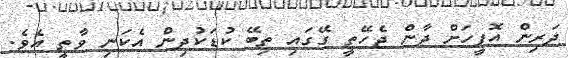
ދަރިން އޮފީހަށް ދާން ޖެހޭތީ ގޭގައި ތިބޭ ކުޑަކުދިން އެކަނި ވާތީ އެވެ.